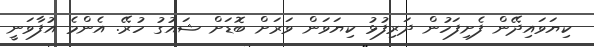
ކިޔަވައިދޭން ފެށިފަހުން ދަރިފުޅު ކިޔަވަން ވަރަށް ބޮޑަށް ޝައުގު ހުރޭ. އެންމެ އުފާވަނީ